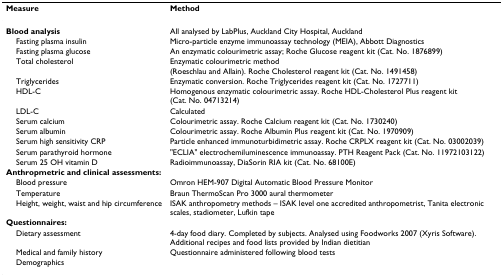
| Measure | Method |
 | --- | --- |
 | Blood analysis | All analysed by LabPlus, Auckland City Hospital, Auckland |
 | Fasting plasma insulin | Micro-particle enzyme immunoassay technology (MEIA), Abbott Diagnostics |
 | Fasting plasma glucose | An enzymatic colourimetric assay; Roche Glucose reagent kit (Cat. No. 1876899) |
 | Total cholesterol | Enzymatic colourimetric method (Roeschlau and Allain). Roche Cholesterol reagent kit (Cat. No. 1491458) |
 | Triglycerides | Enzymatic conversion. Roche Triglycerides reagent kit (Cat. No. 1727711) |
 | HDL-C | Homogenous enzymatic colourimetric assay. Roche HDL-Cholesterol Plus reagent kit (Cat. No. 04713214) |
 | LDL-C | Calculated |
 | Serum calcium | Colourimetric assay. Roche Calcium reagent kit (Cat. No. 1730240) |
 | Serum albumin | Colourimetric assay. Roche Albumin Plus reagent kit (Cat. No. 1970909) |
 | Serum high sensitivity CRP | Particle enhanced immunoturbidimetric assay. Roche CRPLX reagent kit (Cat. No. 03002039) |
 | Serum parathyroid hormone | "ECLIA" electrochemiluminescence immunoassay. PTH Reagent Pack (Cat. No. 11972103122) |
 | Serum 25 OH vitamin D | Radioimmunoassay, DiaSorin RIA kit (Cat. No. 68100E) |
 | Anthropmetric and clinical assessments: |  |
 | Blood pressure | Omron HEM-907 Digital Automatic Blood Pressure Monitor |
 | Temperature | Braun ThermoScan Pro 3000 aural thermometer |
 | Height, weight, waist and hip circumference | ISAK anthropometry methods – ISAK level one accredited anthropometrist, Tanita electronic scales, stadiometer, Lufkin tape |
 | Questionnaires: |  |
 | Dietary assessment | 4-day food diary. Completed by subjects. Analysed using Foodworks 2007 (Xyris Software). Additional recipes and food lists provided by Indian dietitian |
 | Medical and family history | Questionnaire administered following blood tests |
 | Demographics |  |